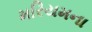
મરિયમના